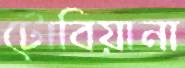
টোবিয়ানা